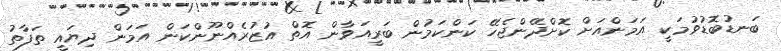
ބަނޑުބޮޑުވުމަކީ އަމަންއަށް ކޮށްދޭންޖެހޭ ކަންކަމުން ބަރީއަވާން އޮތް އުޒުރެއްނޫންކަން އަމަން ދިޔައީ ތަފާތު